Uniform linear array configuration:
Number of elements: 12
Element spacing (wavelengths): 0.25
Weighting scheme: cosine
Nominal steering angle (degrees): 15
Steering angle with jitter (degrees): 13.762
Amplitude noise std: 0.05
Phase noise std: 0.05

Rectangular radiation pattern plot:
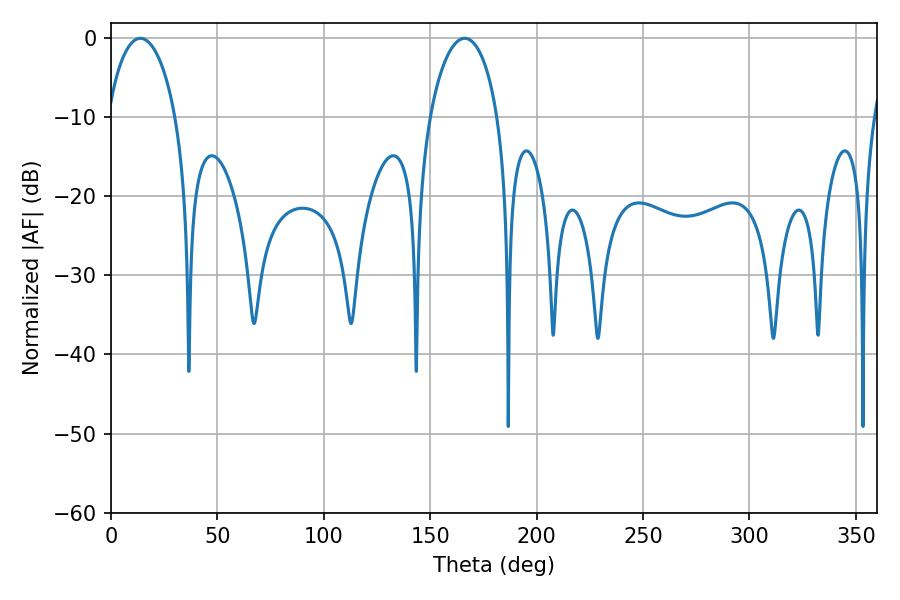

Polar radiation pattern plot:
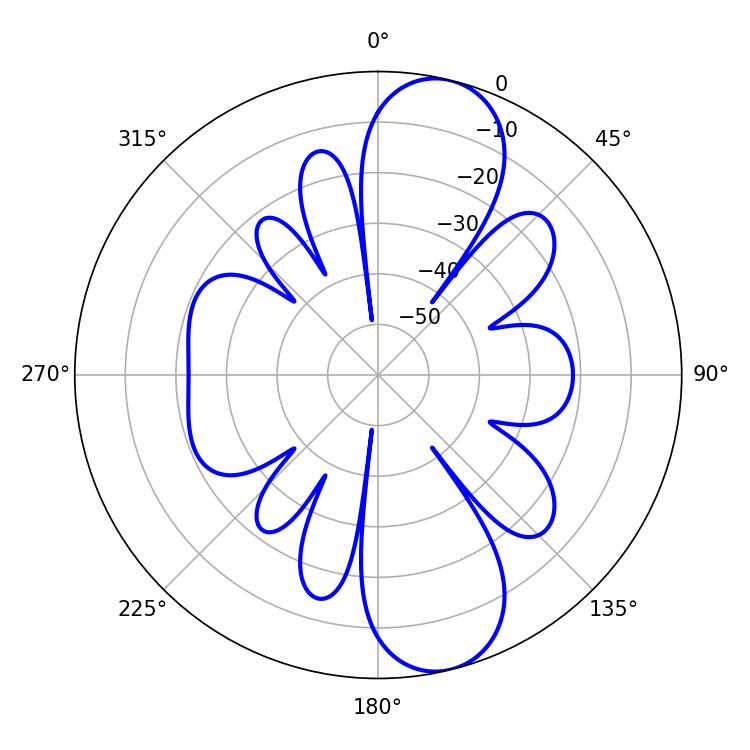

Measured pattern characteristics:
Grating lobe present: FALSE
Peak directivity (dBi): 10.897
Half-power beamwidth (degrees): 18.36
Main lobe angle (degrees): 13.86